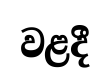
වළදී